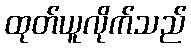
ထုတ်ယူလိုက်သည်